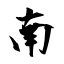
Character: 南